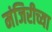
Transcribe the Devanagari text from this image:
मंजिरीच्या